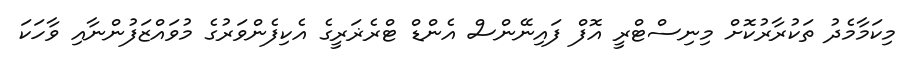
މިކަމާމެދު ތަކުރާރުކޮށް މިނިސްޓްރީ އޮފް ފައިނޭންސް އެންޑް ޓްރެޜަރީގެ އެކިފެންވަރުގެ މުވައްޒަފުންނާއި ވާހަކަ